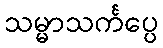
သမ္မာသင်္ကပ္ပေ